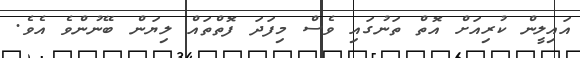
އައިލީން ކުރިއަށް އޮތް ތަނުގައި ވެސް މިފަދަ ފޮތްތައް ލިޔަން ބޭނުންވެ އެވެ.